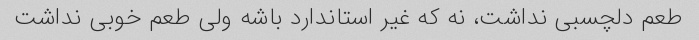
طعم دلچسبی نداشت، نه که غیر استاندارد باشه ولی طعم خوبی نداشت